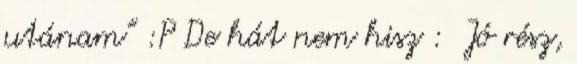
utánam” :P De hát nem hisz : Jó rész,